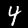
Digit: 4